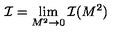
{ \cal I } = \lim _ { M ^ { 2 } \rightarrow 0 } { \cal I } ( M ^ { 2 } )